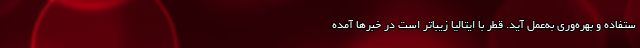
ستفاده و بهره‌وری به‌عمل آید. قطر با ایتالیا زیباتر است در خبرها آمده